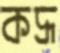
কদ্রূ